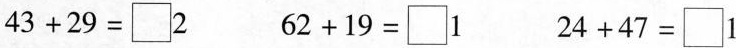
$$4 3 + 2 9 = \Box 2$$ $$6 2 + 1 9 = \Box 1$$ $$2 4 + 4 7 = \Box 1$$